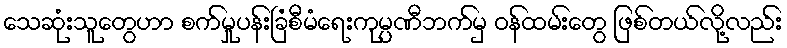
သေဆုံးသူတွေဟာ စက်မှုပန်းခြံစီမံရေးကုမ္ပဏီဘက်မှ ဝန်ထမ်းတွေ ဖြစ်တယ်လို့လည်း